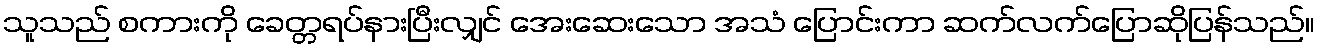
သူသည် စကားကို ခေတ္တရပ်နားပြီးလျှင် အေးဆေးသော အသံ ပြောင်းကာ ဆက်လက်ပြောဆိုပြန်သည်။